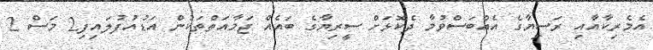
އެމެރިކާއާއި ރަސިޔާގެ އެއްބަސްވުމާ ދެކޮޅަށް ސީރިޔާގެ ބައެއް ޖަމާއަތްތަކުން އަޑުއުފުލައިފި2 މަސް 2